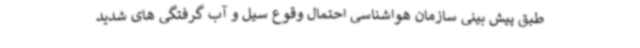
طبق پیش بینی سازمان هواشناسی احتمال وقوع سیل و آب گرفتگی های شدید